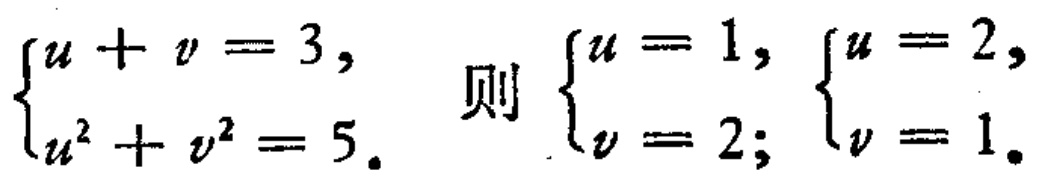
$\begin{cases}u + v = 3,\\u^{2} + v^{2} = 5.\end{cases}$ 则 $\begin{cases}u = 1,\\v = 2;\end{cases}$ $\begin{cases}u = 2,\\v = 1.\end{cases}$